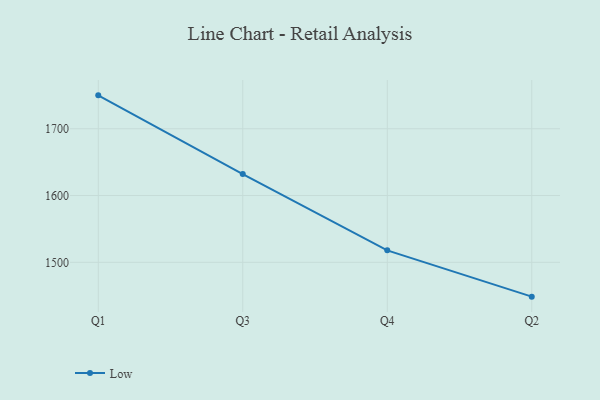
{"axis": {"x": "Quarter", "y": "LTV (USD)"}, "legend": ["Low"], "data": [{"x": "Q1", "y": 1750.0, "type": "Low"}, {"x": "Q3", "y": 1632.1, "type": "Low"}, {"x": "Q4", "y": 1517.9, "type": "Low"}, {"x": "Q2", "y": 1448.6, "type": "Low"}]}